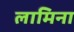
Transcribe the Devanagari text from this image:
लामिना